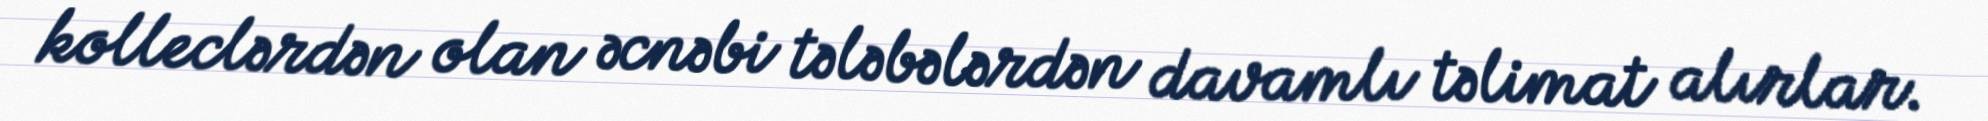
kolleclərdən olan əcnəbi tələbələrdən davamlı təlimat alırlar.